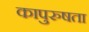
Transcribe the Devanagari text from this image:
कापुरुषता